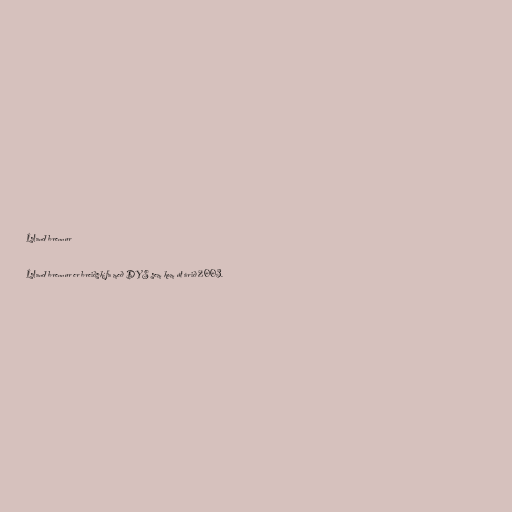
Ísland brennur

Ísland brennur er breiðskífa með DYS sem kom út árið 2003.